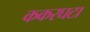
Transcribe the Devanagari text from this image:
ककरघटा